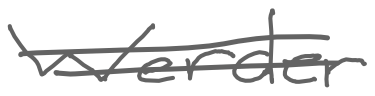
Text: Werder
Cross-out: double-line
Writing tool: digital_gray